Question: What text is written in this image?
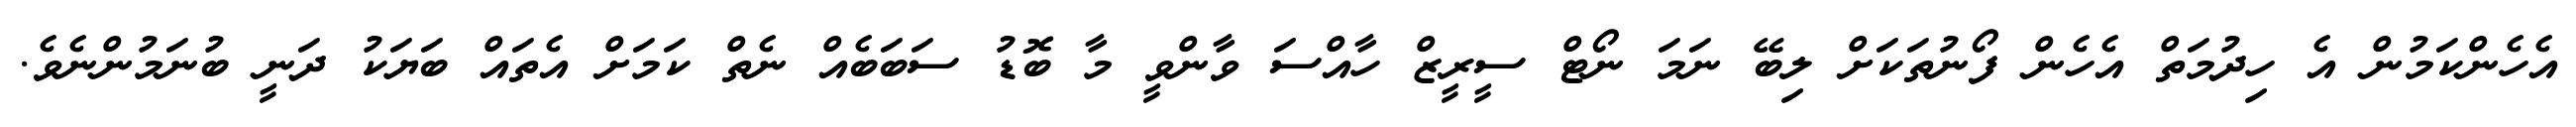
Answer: އެހެންކަމުން އެ ހިދުމަތް އެހެން ފޯނުތަކަށް ލިބޭ ނަމަ ނޯޓް ސީރީޒް ހާއްސަ ވާންވީ މާ ބޮޑު ސަބަބެއް ނެތް ކަމަށް އެތައް ބަޔަކު ދަނީ ބުނަމުންނެވެ.